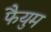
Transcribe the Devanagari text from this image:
फैयुम